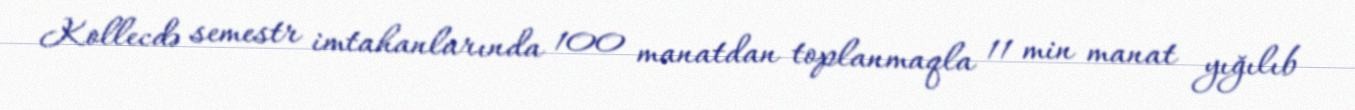
Kollecdə semestr imtahanlarında 100 manatdan toplanmaqla 11 min manat yığılıb